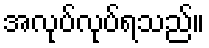
အလုပ်လုပ်ရသည်။